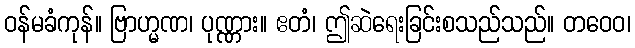
ဝန်မခံကုန်။ ဗြာဟ္မဏ၊ ပုဏ္ဏား။ ဧတံ၊ ဤဆဲရေးခြင်းစသည်သည်။ တဝေဝ၊